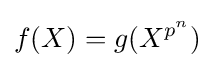
f(X)=g(X^{p^{n}})